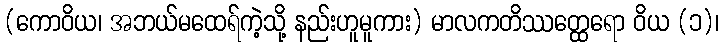
(ကောဝိယ၊ အဘယ်မထေရ်ကဲ့သို့ နည်းဟူမူကား) မာလကတိဿတ္ထေရော ဝိယ (၁)၊